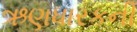
ઋણધારકની